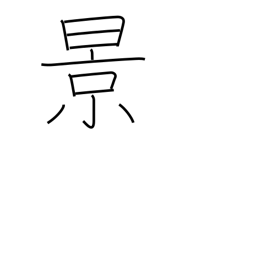
Meaning: scenery